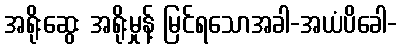
အရိုးဆွေး အရိုးမှုန့် မြင်ရသောအခါ-အယံပိခေါ-